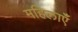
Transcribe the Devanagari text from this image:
महिलाएंँ